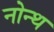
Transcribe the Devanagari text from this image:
नोन्थ